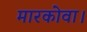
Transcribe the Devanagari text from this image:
मारकोवा।